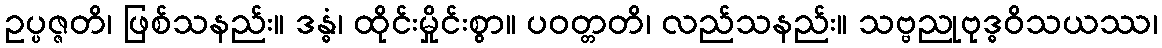
ဥပ္ပဇ္ဇတိ၊ ဖြစ်သနည်း။ ဒန္ဓံ၊ ထိုင်းမှိုင်းစွာ။ ပဝတ္တတိ၊ လည်သနည်း။ သဗ္ဗညုဗုဒ္ဓဝိသယဿ၊